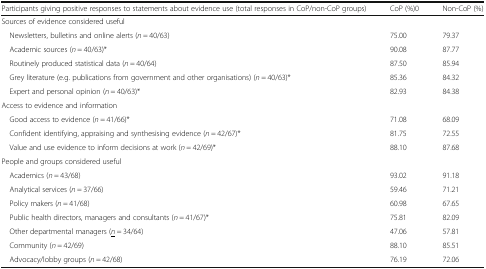
<table><thead><tr><td><b>Participants giving positive responses to statements about evidence use (total responses in CoP/non-CoP groups)</b></td><td><b>CoP (%)0</b></td><td><b>Non-CoP (%)</b></td></tr></thead><tbody><tr><td colspan="3">Sources of evidence considered useful</td></tr><tr><td> Newsletters, bulletins and online alerts (<i>n</i> = 40/63)</td><td>75.00</td><td>79.37</td></tr><tr><td> Academic sources (<i>n</i> = 40/63)*</td><td>90.08</td><td>87.77</td></tr><tr><td> Routinely produced statistical data (<i>n</i> = 40/64)</td><td>87.50</td><td>85.94</td></tr><tr><td> Grey literature (e.g. publications from government and other organisations) (<i>n</i> = 40/63)*</td><td>85.36</td><td>84.32</td></tr><tr><td> Expert and personal opinion (<i>n</i> = 40/63)*</td><td>82.93</td><td>84.38</td></tr><tr><td colspan="3">Access to evidence and information</td></tr><tr><td> Good access to evidence (<i>n</i> = 41/66)*</td><td>71.08</td><td>68.09</td></tr><tr><td> Confident identifying, appraising and synthesising evidence (<i>n</i> = 42/67)*</td><td>81.75</td><td>72.55</td></tr><tr><td> Value and use evidence to inform decisions at work (<i>n</i> = 42/69)*</td><td>88.10</td><td>87.68</td></tr><tr><td colspan="3">People and groups considered useful</td></tr><tr><td> Academics (<i>n</i> = 43/68)</td><td>93.02</td><td>91.18</td></tr><tr><td> Analytical services (<i>n</i> = 37/66)</td><td>59.46</td><td>71.21</td></tr><tr><td> Policy makers (<i>n</i> = 41/68)</td><td>60.98</td><td>67.65</td></tr><tr><td> Public health directors, managers and consultants (<i>n</i> = 41/67)*</td><td>75.81</td><td>82.09</td></tr><tr><td> Other departmental managers (<i><underline>n</underline></i> = 34/64)</td><td>47.06</td><td>57.81</td></tr><tr><td> Community (<i>n</i> = 42/69)</td><td>88.10</td><td>85.51</td></tr><tr><td> Advocacy/lobby groups (<i>n</i> = 42/68)</td><td>76.19</td><td>72.06</td></tr></tbody></table>